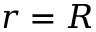
r = R